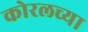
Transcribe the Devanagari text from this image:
कोरलच्या